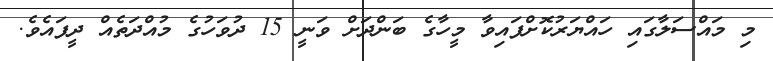
މި މައްސަލާގައި ހައްޔަރުކޮށްފައިވާ މީހާގެ ބަންދަށް ވަނީ 15 ދުވަހުގެ މުއްދަތެއް ދީފައެވެ.